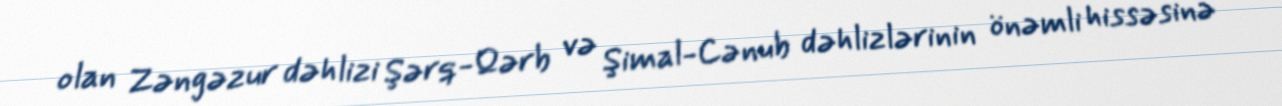
olan Zəngəzur dəhlizi Şərq-Qərb və Şimal-Cənub dəhlizlərinin önəmli hissəsinə